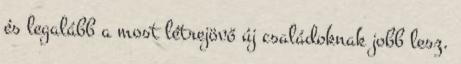
és legalább a most létrejövő új családoknak jobb lesz.